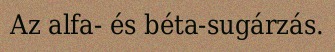
Az alfa- és béta-sugárzás.